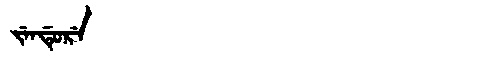
Manchu: ᠵᡝᠨᡩᡠᡵᡝ
Romanization: JENDURE